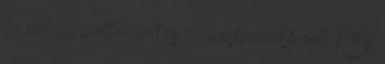
az óvodába, otthon volt es valami finomat fozott. Kathy